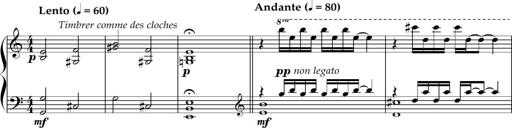
Title: Sonatine basque
Composer: Louis Sauter